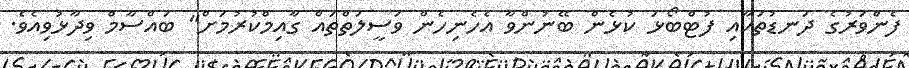
ފެންވަރުގެ ދަނޑުތަކާއި ފުޓްބޯޅަ ކުޅެން ބޭނުންވާ އެހެނިހެން ވަސީލަތްތައް ގާއިމްކުރުމަށް" ބައްސާމް ވިދާޅުވިއެވެ.